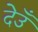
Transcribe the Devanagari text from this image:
देउँ